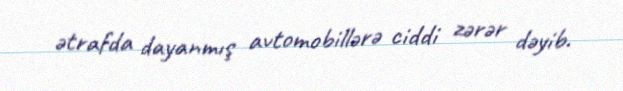
ətrafda dayanmış avtomobillərə ciddi zərər dəyib.